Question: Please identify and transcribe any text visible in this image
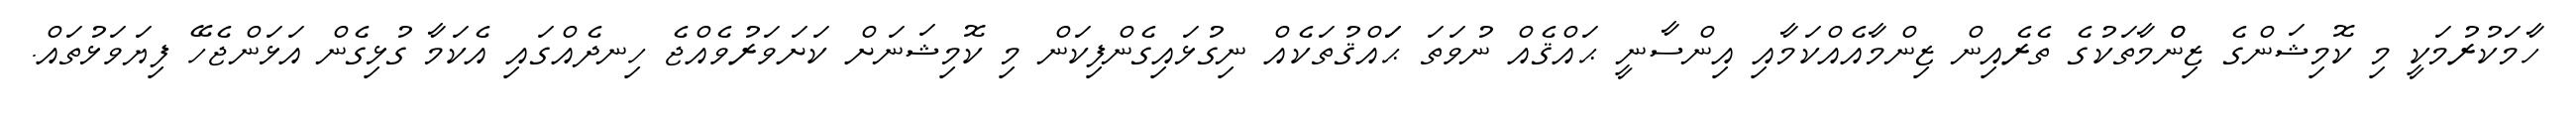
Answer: ހާމަކުރުމަކީ މި ކޮމިޝަންގެ ޒިންްމާތަކުގެ ތެރެއިން ޒިންމާއެއްކަމާއި އިންސާނީ ޙައްޤެއް ނުވަތަ ޙަައްޤުތަކެއް ނިގުޅައިގެންފިކަން މި ކޮމިޝަނަށް ކަށަވަރުވެއްޖެ ހިނދެއްގައި އެކަމާ ގުޅިގެން އަޅަންޖެހޭ ފިޔަވަޅުތައް.